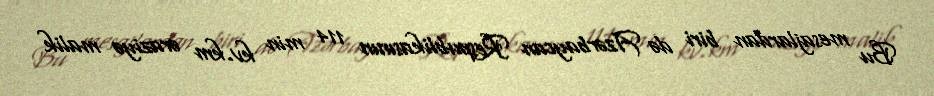
Bu mesajlardan biri də Azərbaycan Respublikasının 114 min kv.km əraziyə malik